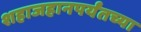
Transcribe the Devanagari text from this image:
शहाजहानपर्यंतच्या